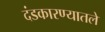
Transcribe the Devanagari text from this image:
दंडकारण्यातले